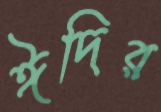
ঈদির